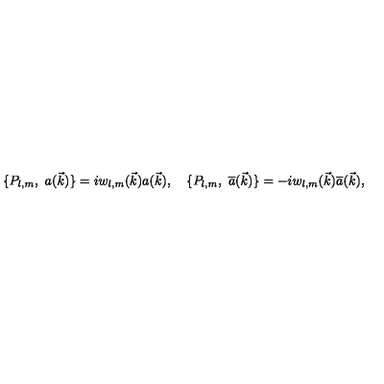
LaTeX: \{ P _ { l , m } , \ a ( \vec { k } ) \} = i w _ { l , m } ( \vec { k } ) a ( \vec { k } ) , \quad \{ P _ { l , m } , \ { \overline { { a } } } ( \vec { k } ) \} = - i w _ { l , m } ( \vec { k } ) { \overline { { a } } } ( \vec { k } ) ,